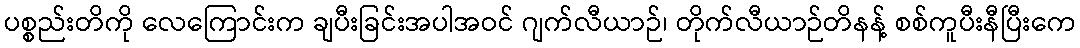
ပစ္စည်းတိကို လေကြောင်းက ချပီးခြင်းအပါအဝင် ဂျက်လီယာဉ်၊ တိုက်လီယာဉ်တိနန့် စစ်ကူပီးနီပြီးကေ